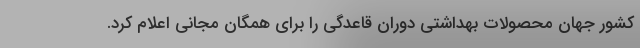
کشور جهان محصولات بهداشتی دوران قاعدگی را برای همگان مجانی اعلام کرد.